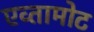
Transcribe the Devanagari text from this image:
एव्तामोट